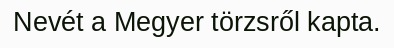
Nevét a Megyer törzsről kapta.